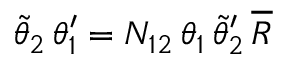
\tilde { \theta } _ { 2 } \, \theta _ { 1 } ^ { \prime } = N _ { 1 2 } \, \theta _ { 1 } \, \tilde { \theta } _ { 2 } ^ { \prime } \, \overline { { { R } } }